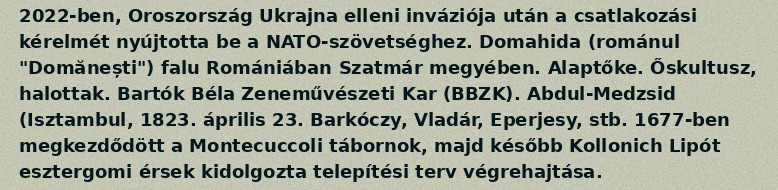
2022-ben, Oroszország Ukrajna elleni inváziója után a csatlakozási kérelmét nyújtotta be a NATO-szövetséghez. Domahida (románul "Domănești") falu Romániában Szatmár megyében. Alaptőke. Őskultusz, halottak. Bartók Béla Zeneművészeti Kar (BBZK). Abdul-Medzsid (Isztambul, 1823. április 23. Barkóczy, Vladár, Eperjesy, stb. 1677-ben megkezdődött a Montecuccoli tábornok, majd később Kollonich Lipót esztergomi érsek kidolgozta telepítési terv végrehajtása.